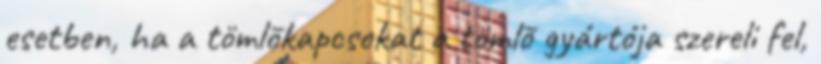
esetben, ha a tömlõkapcsokat a tömlõ gyártója szereli fel,